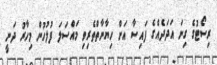
ރިސޯޓުގެ ގިނަ އަދަދެއްގެ ފައިސާ އަށް ހިޔާނާތްތެރިވި މައްސަލަ ފުލުހުން މިހާރު ދަނީ